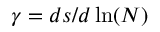
\gamma = d s / d \ln ( N )